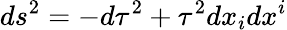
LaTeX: ds^{2}=-d\tau^{2}+\tau^{2}dx_{i}dx^{i}